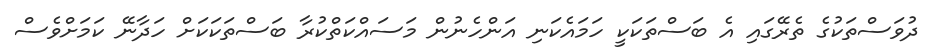
ދުވަސްތަކުގެ ތެރޭގައި އެ ބަސްތަކަކީ ހަަމައެކަނި އަންހެނުން މަސައްކަތްކުރާ ބަސްތަކަކަށް ހަދާނޭ ކަމަށްވެސް